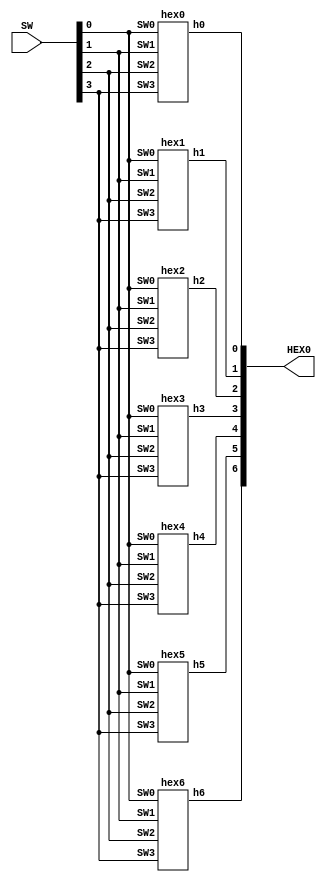
`timescale 1ns / 1ns // `timescale time_unit/time_precision

//SW[2:0] data inputs
//SW[9] select signals

//LEDR[0] output display

module part3(SW,HEX0);
    input [9:0] SW;
    output [6:0] HEX0;

	hex0 attempt0(SW[0], SW[1], SW[2], SW[3], HEX0[0]);
	hex1 attempt1(SW[0], SW[1], SW[2], SW[3], HEX0[1]);
	hex2 attempt2(SW[0], SW[1], SW[2], SW[3], HEX0[2]);
	hex3 attempt3(SW[0], SW[1], SW[2], SW[3], HEX0[3]);
	hex4 attempt4(SW[0], SW[1], SW[2], SW[3], HEX0[4]);
	hex5 attempt5(SW[0], SW[1], SW[2], SW[3], HEX0[5]);
	hex6 attempt6(SW[0], SW[1], SW[2], SW[3], HEX0[6]);

	
endmodule

module hex0(input SW0, SW1, SW2, SW3, output h0);

	assign h0 = 
			(!SW3&!SW2&!SW1&SW0) |
			(!SW3&SW2&!SW1&!SW0) |
			(SW3&SW2&!SW1&SW0) |
			(SW3&!SW2&SW1&SW0);

endmodule


module hex1(input SW0, SW1, SW2, SW3, output h1);

	assign h1 = 
			(!SW3&SW2&!SW1&SW0) |
			(!SW3&SW2&SW1&!SW0) |
			(SW3&!SW2&SW1&SW0) |
			(SW3&SW2&!SW1&!SW0) |
			(SW3&SW2&SW1&!SW0) |
			(SW3&SW2&SW1&SW0);

endmodule


module hex2(input SW0, SW1, SW2, SW3, output h2);

	assign h2 = 
			(!SW3&!SW2&SW1&!SW0) |
			(SW3&SW2&!SW1&!SW0) |
			(SW3&SW2&SW1&!SW0) |
			(SW3&SW2&SW1&SW0);

endmodule


module hex3(input SW0, SW1, SW2, SW3, output h3);

	assign h3 = 
			(!SW3&!SW2&!SW1&SW0) |
			(!SW3&SW2&!SW1&!SW0) |
			(!SW3&SW2&SW1&SW0) |
			(SW3&!SW2&!SW1&SW0) |
			(SW3&!SW2&SW1&!SW0) |
			(SW3&SW2&SW1&SW0);

endmodule


module hex4(input SW0, SW1, SW2, SW3, output h4);

	assign h4 = 
			(!SW3&!SW2&!SW1&SW0) |
			(!SW3&!SW2&SW1&SW0) |
			(!SW3&SW2&!SW1&!SW0) |
			(!SW3&SW2&!SW1&SW0) |
			(!SW3&SW2&SW1&SW0) |
			(SW3&!SW2&!SW1&SW0);

endmodule


module hex5(input SW0, SW1, SW2, SW3, output h5);

	assign h5 = 
			(!SW3&!SW2&!SW1&SW0) |
			(!SW3&!SW2&SW1&!SW0) |
			(!SW3&!SW2&SW1&SW0) |
			(!SW3&SW2&SW1&SW0) |
			(SW3&SW2&!SW1&SW0);

endmodule


module hex6(input SW0, SW1, SW2, SW3, output h6);

	assign h6 = 
			(!SW3&!SW2&!SW1&!SW0) |
			(!SW3&!SW2&!SW1&SW0) |
			(!SW3&SW2&SW1&SW0) |
			(SW3&SW2&!SW1&!SW0);

endmodule